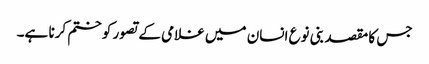
جس کا مقصد بنی نوع انسان میں غلامی کے تصور کو ختم کرنا ہے۔